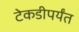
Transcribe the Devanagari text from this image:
टेकडीपर्यंत